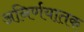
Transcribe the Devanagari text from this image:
अनिर्णयातक